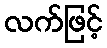
လက်ဖြင့်